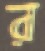
র